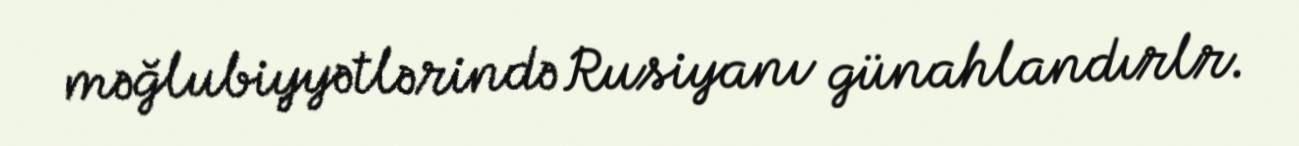
məğlubiyyətlərində Rusiyanı günahlandırlr.